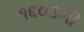
૧૬૦૩ની